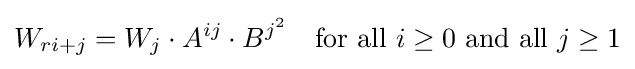
W_{ri+j}=W_{j}\cdot A^{ij}\cdot B^{j^{2}}\quad {\text{for all}}~i\geq 0~{\text{and all}}~j\geq 1